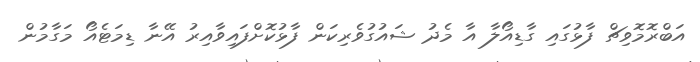
އަބްރޮމޮވިޗް ފާޅުގައި ގާޑިއޯލާ އާ މެދު ޝައުގުވެރިކަން ފާޅުކޮށްފައިވާއިރު އޭނާ ޑިމަޓެއޯ މަގާމުން